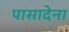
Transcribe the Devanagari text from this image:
पासादेना